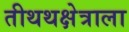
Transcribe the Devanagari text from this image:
तीथथक्षेत्राला